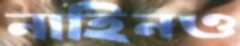
নাহিনও